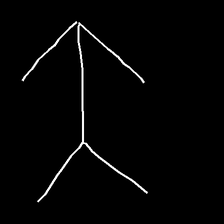
Glyph: gather